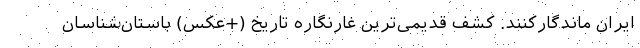
ایران ماندگارکنند. کشف قدیمی‌ترین غارنگاره تاریخ (+عکس) باستان‌شناسان